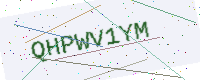
Text: QHPWV1YM